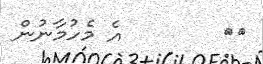
٥٣        އެ މެހުމާނުން